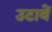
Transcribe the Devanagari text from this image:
उटावें